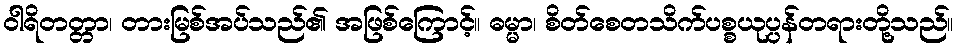
ဝါရိတတ္တာ၊ တားမြစ်အပ်သည်၏ အဖြစ်ကြောင့်။ ဓမ္မာ၊ စိတ်စေတသိက်ပစ္စယုပ္ပန်တရားတို့သည်။